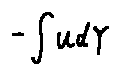
- \int u d Y